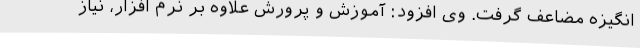
انگیزه مضاعف گرفت. وی افزود: آموزش و پرورش علاوه بر نرم افزار، نیاز